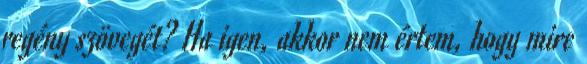
regény szövegét? Ha igen, akkor nem értem, hogy mire